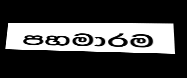
පහමාරම